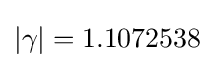
|\gamma |=1.1072538